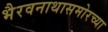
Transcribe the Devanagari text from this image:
भैरवनाथासमोरच्या